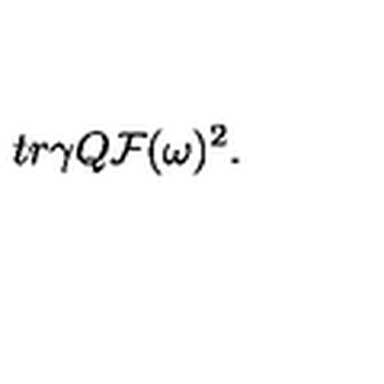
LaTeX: t r \gamma Q { \cal F } ( \omega ) ^ { 2 } .